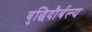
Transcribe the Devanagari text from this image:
बुद्धिदौर्बल्य